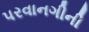
પરવાનગીની